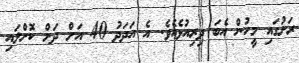
ރަށުގައި މީހުން އެބަ ދިރިއުޅެއެވެ. އެ އަދަދު 40 އަށް ދަށް ކޮށްލައި